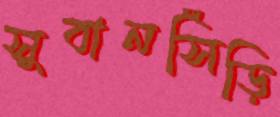
সুবানসিঁড়ি